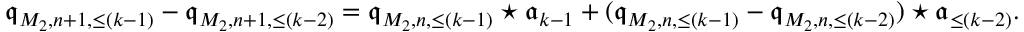
\begin{array} { r } { \mathfrak { q } _ { M _ { 2 } , n + 1 , \le ( k - 1 ) } - \mathfrak { q } _ { M _ { 2 } , n + 1 , \le ( k - 2 ) } = \mathfrak { q } _ { M _ { 2 } , n , \le ( k - 1 ) } \star \mathfrak { a } _ { k - 1 } + ( \mathfrak { q } _ { M _ { 2 } , n , \le ( k - 1 ) } - \mathfrak { q } _ { M _ { 2 } , n , \le ( k - 2 ) } ) \star \mathfrak { a } _ { \le ( k - 2 ) } . } \end{array}